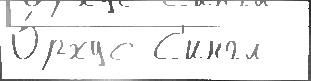
О́рхус С'ингл